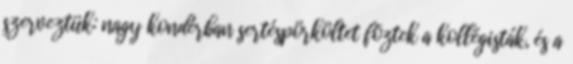
szerveztük: nagy kondérban sertéspörköltet fõztek a kollégisták, és a